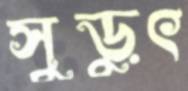
সুড়ুৎ